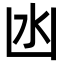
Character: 凼